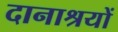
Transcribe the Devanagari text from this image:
दानाश्रयों